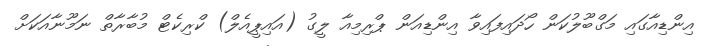
އިންޑިއާގައި މަގްބޫލުކަން ހޯދައިފައިވާ އިންޑިއަން ޕްރިމިއާ ލީގު (އައިޕީއެލް) ކްރިކެޓް މުބާރާތް ނަމޫނާއަކަށް